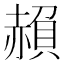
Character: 𮚱